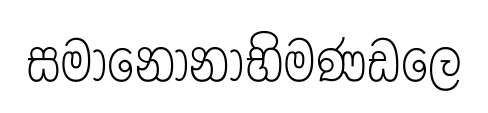
සමානොනාභිමණඩලෙ